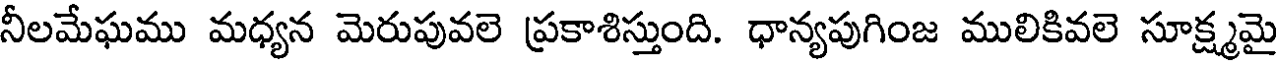
నీలమేఘము మధ్యన మెరుపువలె ప్రకాశిస్తుంది. ధాన్యపుగింజ ములికివలె సూక్ష్మమై